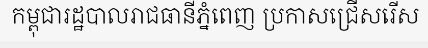
កម្ពុជារដ្ឋបាលរាជធានីភ្នំពេញ ប្រកាសជ្រើសរើស